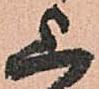
上